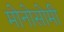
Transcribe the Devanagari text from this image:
मोनोसोमी